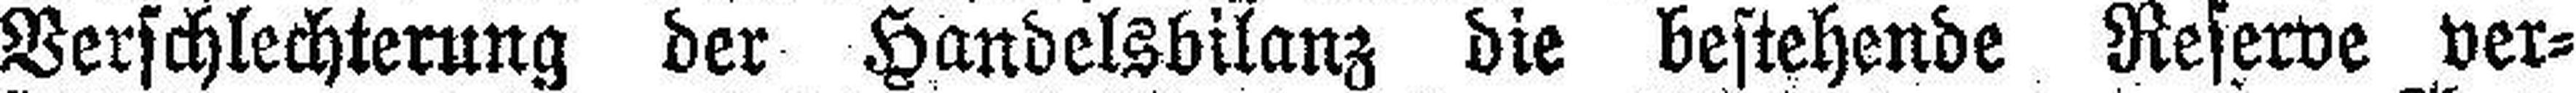
Verschlechterung der Handelsbilanz die bestehende Reserve ver¬